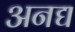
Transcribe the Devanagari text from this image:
अनद्य